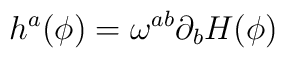
h^a (\phi) = \omega^{ab} \partial_b H (\phi)